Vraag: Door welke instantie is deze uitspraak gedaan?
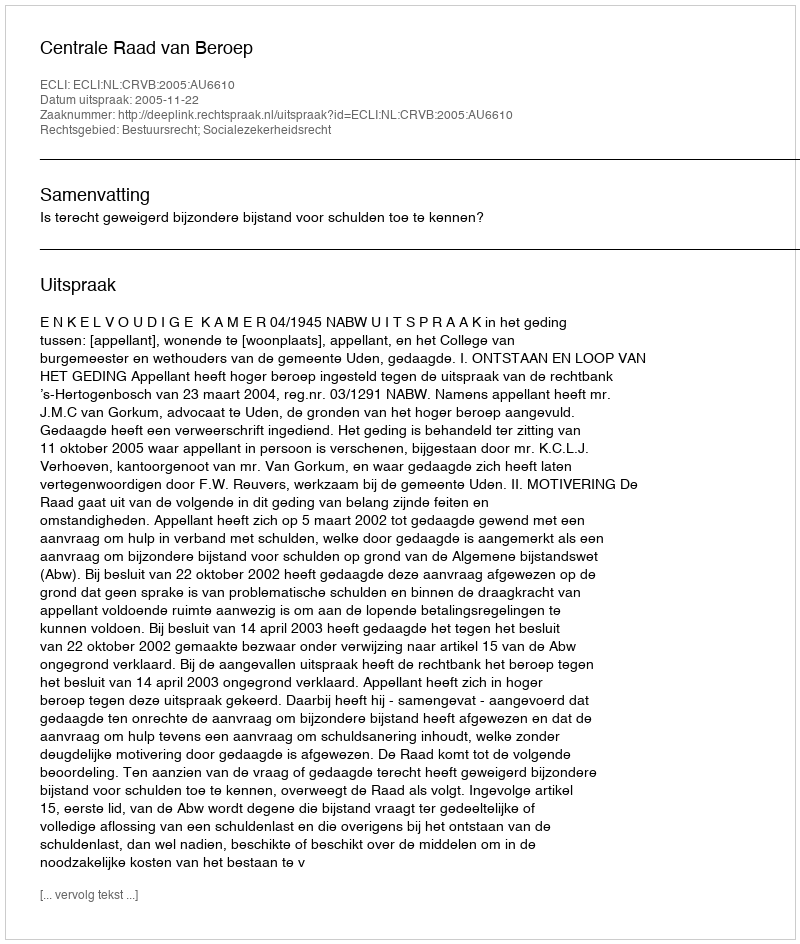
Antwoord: Centrale Raad van Beroep